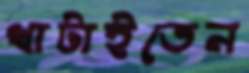
খাটাইতেন